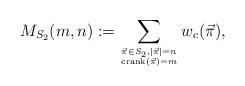
LaTeX: \begin{align*}M_{S_2}(m, n) := \sum_{\vec{\pi} \in S_2, |\vec{\pi}|=n \atop \mathrm{crank}(\vec{\pi})=m} w_c(\vec{\pi}), \end{align*}